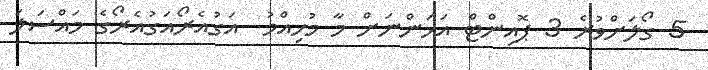
5 ގޯލަށްވުރެ 3 ޕޮއިންޓް އަހަންނަށް މާ މުހިއްމު  އަގުއެރޯއަގުއެރޯގެ މައްސަލަ